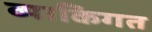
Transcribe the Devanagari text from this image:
व्याकिगत